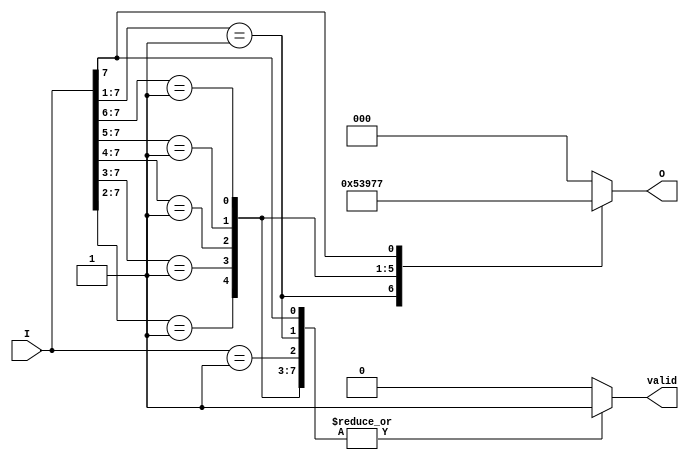
module binary_encoder (
    input wire [7:0] I,       // 8 input lines
    output reg [2:0] O,       // 3-bit output
    output reg valid          // Indicates if the output is valid
);

    always @(*) begin
        // Default outputs
        O = 3'b000;            // Default output for no active inputs
        valid = 1'b0;          // Default to invalid output
        
        // Priority encoding
        casez (I)              // casez allows for 'z' and 'x' in inputs
            8'b00000001: begin O = 3'b000; valid = 1'b1; end // I0
            8'b0000001?: begin O = 3'b001; valid = 1'b1; end // I1
            8'b000001??: begin O = 3'b010; valid = 1'b1; end // I2
            8'b00001???: begin O = 3'b011; valid = 1'b1; end // I3
            8'b0001????: begin O = 3'b100; valid = 1'b1; end // I4
            8'b001?????: begin O = 3'b101; valid = 1'b1; end // I5
            8'b01??????: begin O = 3'b110; valid = 1'b1; end // I6
            8'b1??????? : begin O = 3'b111; valid = 1'b1; end // I7
            default: begin O = 3'b000; valid = 1'b0; end // No active inputs
        endcase
    end
endmodule